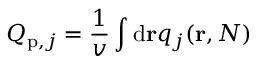
Q _ { \mathrm { p } , j } = \frac { 1 } { v } \int \mathrm { d } \mathbf { r } q _ { j } ( \mathbf { r } , N )